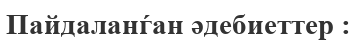
Пайдаланѓан әдебиеттер :